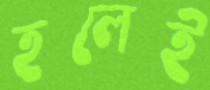
হলেই